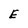
Character: E